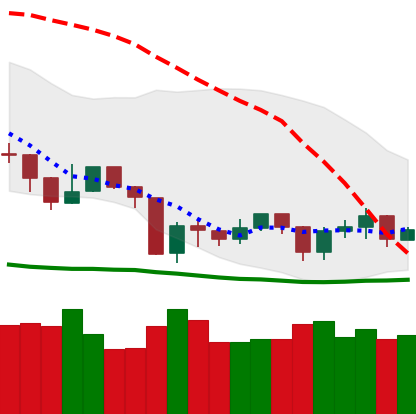
Ticker: NEO-USD
Chart end date: 2019-08-26
Forward return: -10.386%
Label: down_7plus